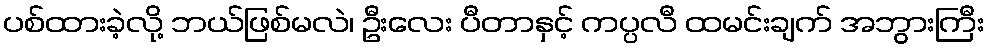
ပစ်ထားခဲ့လို့ ဘယ်ဖြစ်မလဲ၊ ဦးလေး ပီတာနှင့် ကပ္ပလီ ထမင်းချက် အဘွားကြီး